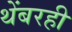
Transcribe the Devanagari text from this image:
थेंबरही